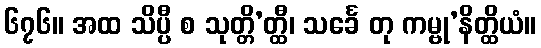
၆၇၆။ အထ သိပ္ပီ စ သုတ္တိ’တ္ထီ၊ သင်္ခေ တု ကမ္ဗု’နိတ္ထိယံ။